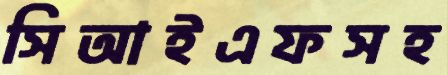
সিআইএফসহ